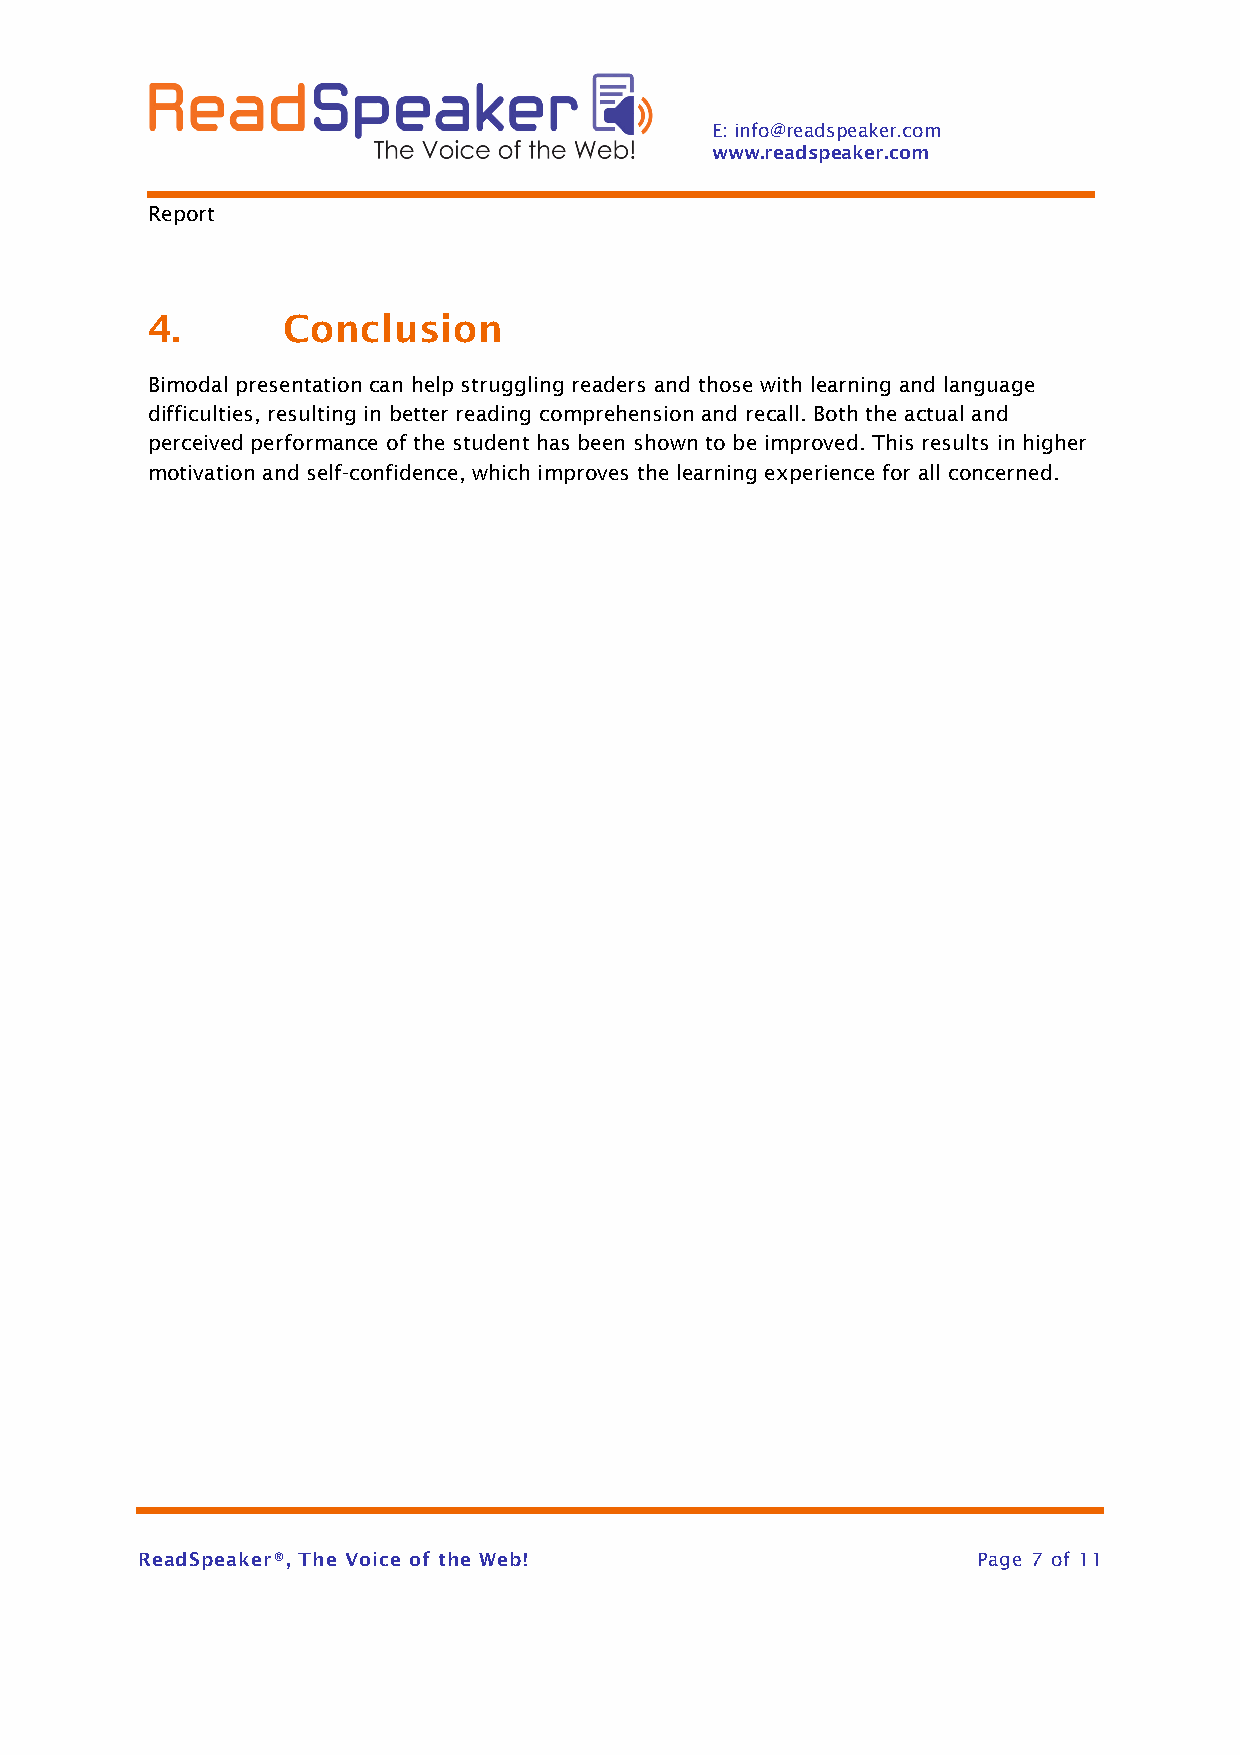
E: info@readspeaker.com
 www.readspeaker.com
 Report
 4.       Conclusion
 Bimodal presentation can help struggling readers and those with learning and language
 difficulties, resulting in better reading comprehension and recall. Both the actual and
 perceived performance of the student has been shown to be improved. This results in higher
 motivation and self-confidence, which improves the learning experience for all concerned.
 ReadSpeaker®, The Voice of the Web!                     Page 7 of 11